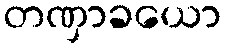
တဏှာခယော